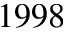
1 9 9 8